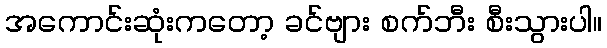
အကောင်းဆုံးကတော့ ခင်ဗျား စက်ဘီး စီးသွားပါ။